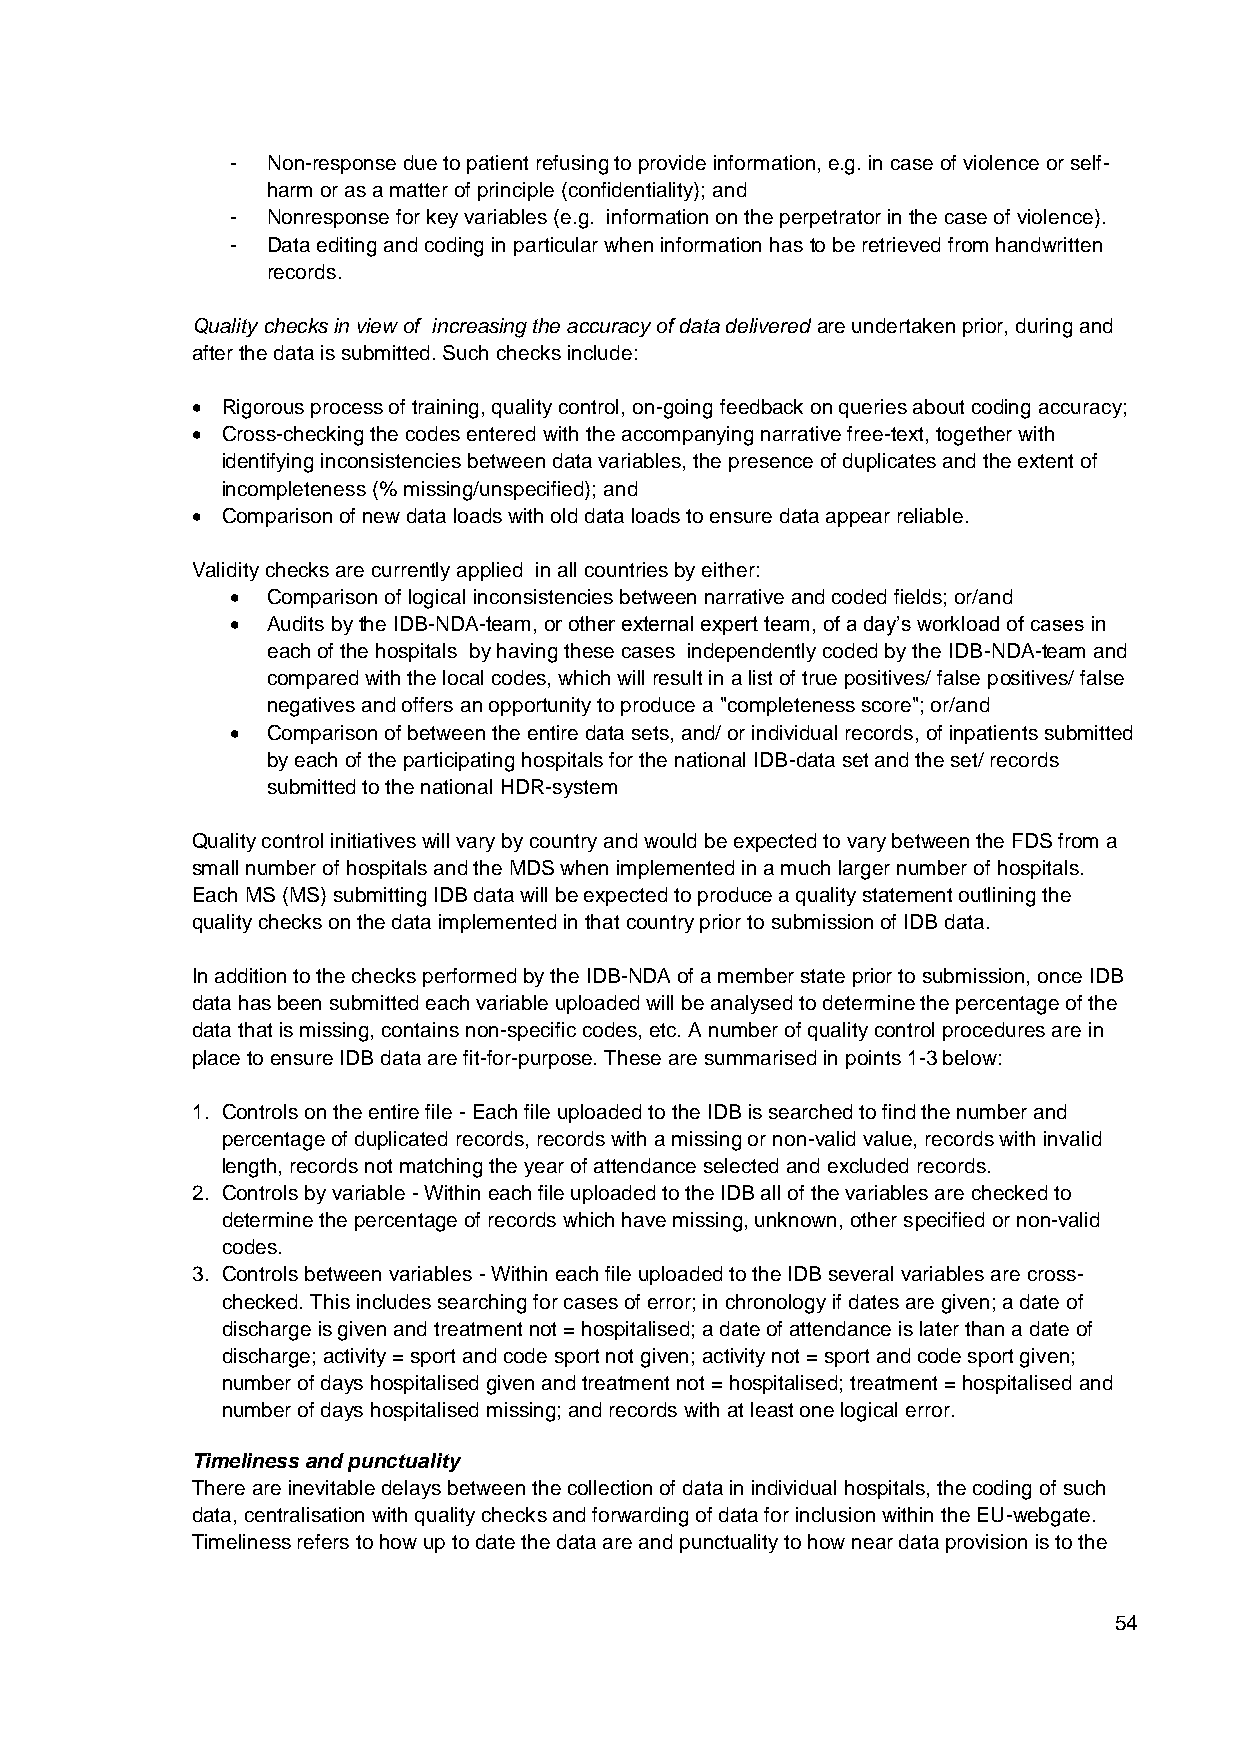
-  Non-response due to patient refusing to provide information, e.g. in case of violence or self-
 harm or as a matter of principle (confidentiality); and
 -  Nonresponse for key variables (e.g. information on the perpetrator in the case of violence).
 -  Data editing and coding in particular when information has to be retrieved from handwritten
 records.
 Quality checks in view of increasing the accuracy of data delivered are undertaken prior, during and
 after the data is submitted. Such checks include:
  Rigorous process of training, quality control, on-going feedback on queries about coding accuracy;
  Cross-checking the codes entered with the accompanying narrative free-text, together with
 identifying inconsistencies between data variables, the presence of duplicates and the extent of
 incompleteness (% missing/unspecified); and
  Comparison of new data loads with old data loads to ensure data appear reliable.
 Validity checks are currently applied in all countries by either:
   Comparison of logical inconsistencies between narrative and coded fields; or/and
   Audits by the IDB-NDA-team, or other external expert team, of a day’s workload of cases in
 each of the hospitals by having these cases independently coded by the IDB-NDA-team and
 compared with the local codes, which will result in a list of true positives/ false positives/ false
 negatives and offers an opportunity to produce a "completeness score"; or/and
   Comparison of between the entire data sets, and/ or individual records, of inpatients submitted
 by each of the participating hospitals for the national IDB-data set and the set/ records
 submitted to the national HDR-system
 Quality control initiatives will vary by country and would be expected to vary between the FDS from a
 small number of hospitals and the MDS when implemented in a much larger number of hospitals.
 Each MS (MS) submitting IDB data will be expected to produce a quality statement outlining the
 quality checks on the data implemented in that country prior to submission of IDB data.
 In addition to the checks performed by the IDB-NDA of a member state prior to submission, once IDB
 data has been submitted each variable uploaded will be analysed to determine the percentage of the
 data that is missing, contains non-specific codes, etc. A number of quality control procedures are in
 place to ensure IDB data are fit-for-purpose. These are summarised in points 1-3 below:
 1. Controls on the entire file - Each file uploaded to the IDB is searched to find the number and
 percentage of duplicated records, records with a missing or non-valid value, records with invalid
 length, records not matching the year of attendance selected and excluded records.
 2. Controls by variable - Within each file uploaded to the IDB all of the variables are checked to
 determine the percentage of records which have missing, unknown, other specified or non-valid
 codes.
 3. Controls between variables - Within each file uploaded to the IDB several variables are cross-
 checked. This includes searching for cases of error; in chronology if dates are given; a date of
 discharge is given and treatment not = hospitalised; a date of attendance is later than a date of
 discharge; activity = sport and code sport not given; activity not = sport and code sport given;
 number of days hospitalised given and treatment not = hospitalised; treatment = hospitalised and
 number of days hospitalised missing; and records with at least one logical error.
 Timeliness and punctuality
 There are inevitable delays between the collection of data in individual hospitals, the coding of such
 data, centralisation with quality checks and forwarding of data for inclusion within the EU-webgate.
 Timeliness refers to how up to date the data are and punctuality to how near data provision is to the
 54